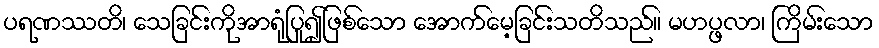
ပရဏဿတိ၊ သေခြင်းကိုအာရုံပြု၍ဖြစ်သော အောက်မေ့ခြင်းသတိသည်။ မဟပ္ဖလာ၊ ကြိမ်းသော